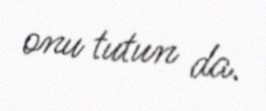
onu tutun da.